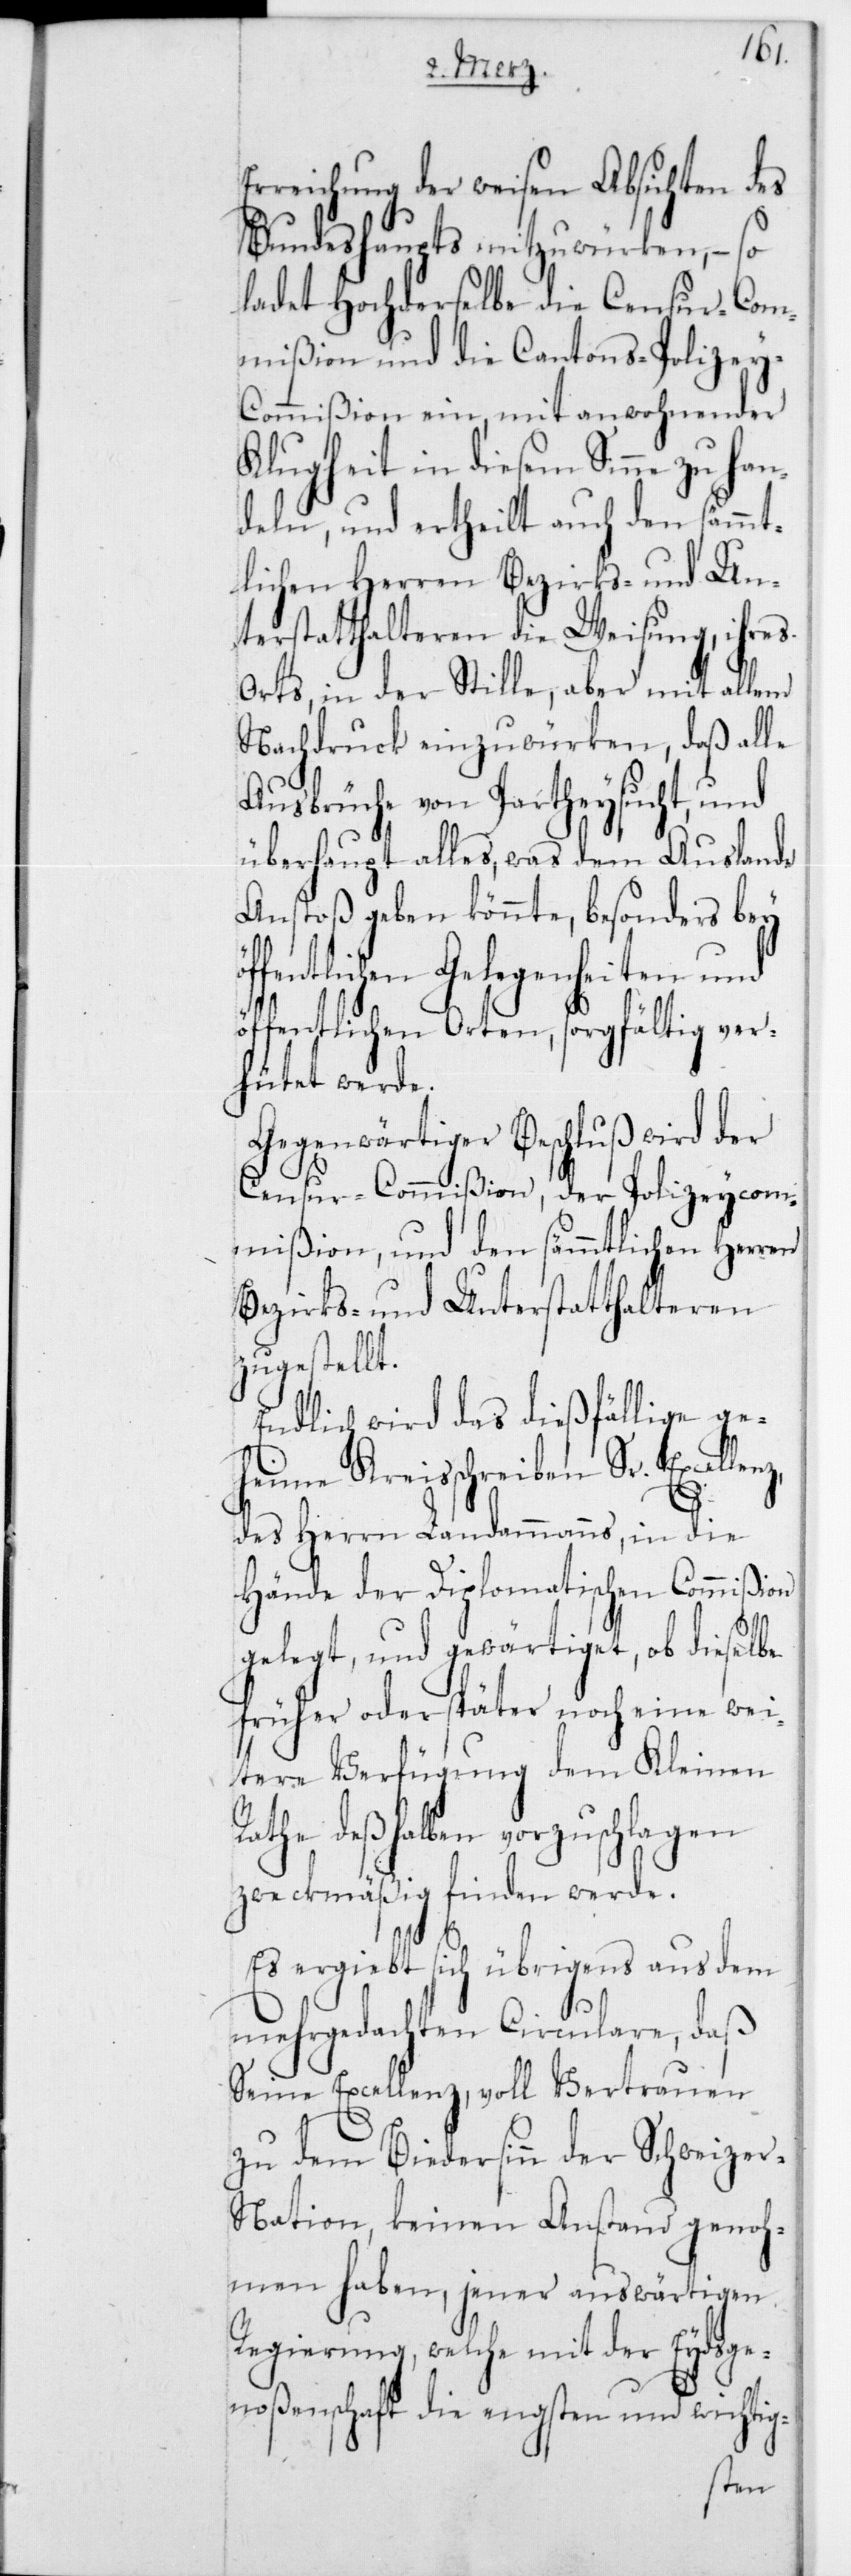
Erreichung der weisen Absichten des
Bundeshaupts mitzuwürken, – so
ladet Hochderselbe die Censur-Com¬
mißion und die Cantons-Polizey-C¬
ommißion ein, mit anwohnender
Klugheit in diesem Sinne zu han¬
deln, und ertheilt auch den sämmt¬
lichen Herren Bezirks- und Un¬
terstatthalteren die Weisung, ihres
Orts, in der Stille, aber mit allem
Nachdruck einzuwürken, daß alle
Ausbrüche von Partheysucht, und
überhaupt alles, was dem Auslande
Anstoß geben könnte, besonders bey
öffentlichen Gelegenheiten und
öffentlichen Orten, sorgfältig ver¬
hütet werde.
Gegenwärtiger Beschluß wird der
Censur-Commißion, der Polizeycom¬
mißion und den sämmtlichen Herren
Bezirks- und Unterstatthalteren
zugestellt.
Endlich wird das dießfällige ge¬
heime Kreisschreiben Sr. Excellenz,
des Herrn Landammanns, in die
Hände der Diplomatischen Commißion
gelegt, und gewärtiget, ob dieselbe
früher oder später noch eine wei¬
tere Verfügung dem Kleinen
Rathe deßhalben vorzuschlagen
zweckmäßig finden werde.
Es ergibt sich übrigens aus dem
mehrgedachten Circulare, daß
Seine Excellenz, voll Vertrauen
zu dem Biedersinn der Schweize¬
r-Nation, keinen Anstand genoh¬
men haben, jener auswärtigen
Regierung, welche mit der Eydsge¬
noßenschaft die engsten und wichtig-